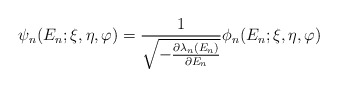
\begin{align*}\psi_{n}(E_{n}; \xi,\eta,\varphi ) = \frac{1}{\sqrt{-\frac{\partial \lambda_{n}(E_{n})}{\partial E_{n}}}}\phi_{n}(E_{n}; \xi,\eta,\varphi )\end{align*}